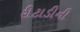
રીટાડીની